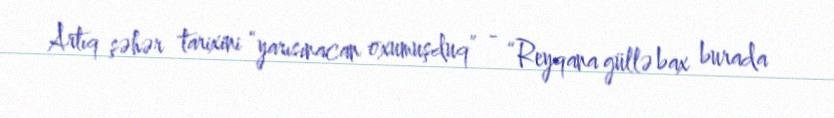
Artıq şəhər tarixini “yarısınacan oxumuşduq” - “Reyqana güllə bax burada